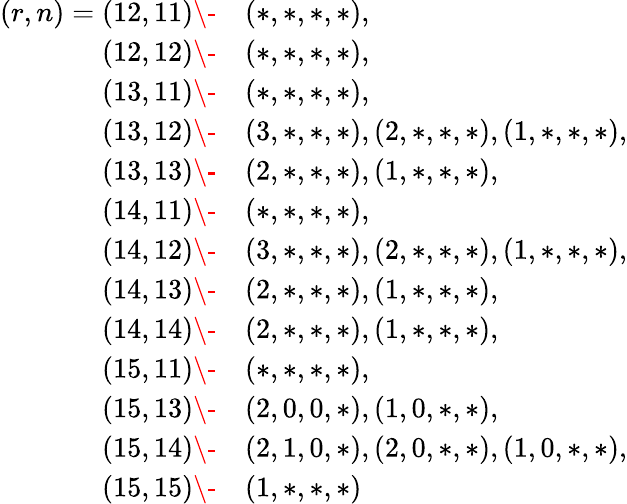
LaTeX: \begin{array}{rl}{(r,n)=(12,11)\- }&{(*,*,*,*),}\\ {(12,12)\- }&{(*,*,*,*),}\\ {(13,11)\- }&{(*,*,*,*),}\\ {(13,12)\- }&{(3,*,*,*),(2,*,*,*),(1,*,*,*),}\\ {(13,13)\- }&{(2,*,*,*),(1,*,*,*),}\\ {(14,11)\- }&{(*,*,*,*),}\\ {(14,12)\- }&{(3,*,*,*),(2,*,*,*),(1,*,*,*),}\\ {(14,13)\- }&{(2,*,*,*),(1,*,*,*),}\\ {(14,14)\- }&{(2,*,*,*),(1,*,*,*),}\\ {(15,11)\- }&{(*,*,*,*),}\\ {(15,13)\- }&{(2,0,0,*),(1,0,*,*),}\\ {(15,14)\- }&{(2,1,0,*),(2,0,*,*),(1,0,*,*),}\\ {(15,15)\- }&{(1,*,*,*)}\end{array}